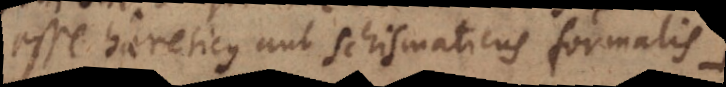
esse haereticus aut schismaticus formalis